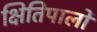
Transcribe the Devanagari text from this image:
क्षितिपालों